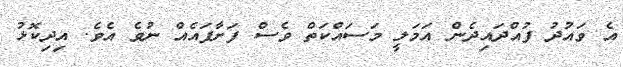
އެ ވައުދު ފުއްދައިދެން އަމަލީ މަސައްކަތް ވެސް ފަށާފައެއް ނުވެ އެވެ. އިދިކޮޅު